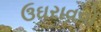
ઉઘરાવવો